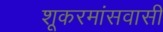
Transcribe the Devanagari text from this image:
शूकरमांसवासी